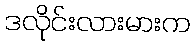
ဒလိုင်းလားမားက